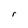
Character: r